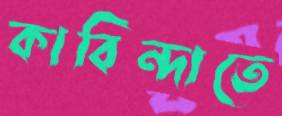
কাবিন্দাতে